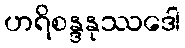
ဟရိစန္ဒနုဿဒေါ